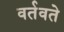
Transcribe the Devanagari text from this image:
वर्तवते